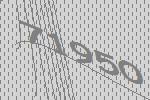
71950